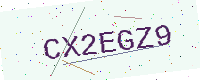
Text: CX2EGZ9